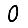
Digit: 0